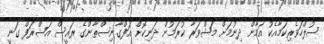
ސުލްހަވެރިކަމާއެކު އަމާން ދިނުމަށް މަޝްވަރާ ކުރަމުން ދަނިކޮށް އަފްގާނިސްތާންގެ ރައީސް އަޝްރަފް ގަނީ